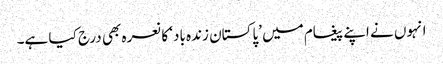
انہوں نے اپنے پیغام میں ’پاکستان زندہ باد‘ کا نعرہ بھی درج کیا ہے۔